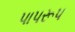
પાપરૂપ